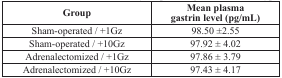
<table><thead><tr><td><b>Group</b></td><td><b>Mean plasmagastrin level (pg/mL)</b></td></tr></thead><tbody><tr><td>Sham-operated / +1Gz</td><td>98.50 ±2.55</td></tr><tr><td>Sham-operated / +10Gz</td><td>97.92 ± 4.02</td></tr><tr><td>Adrenalectomized / +1Gz</td><td>97.86 ± 3.79</td></tr><tr><td>Adrenalectomized / +10Gz</td><td>97.43 ± 4.17</td></tr></tbody></table>